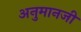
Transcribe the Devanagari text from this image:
अनुमानजी